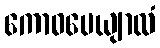
ကောဓပေယျာလံ